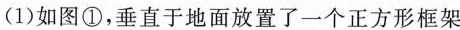
(1)如图①，垂直于地面放置了一个正方形框架